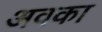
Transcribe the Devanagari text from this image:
अवका